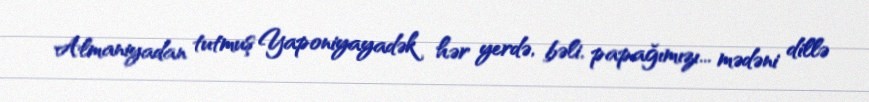
Almaniyadan tutmuş Yaponiyayadək hər yerdə, bəli, papağımızı... mədəni dillə